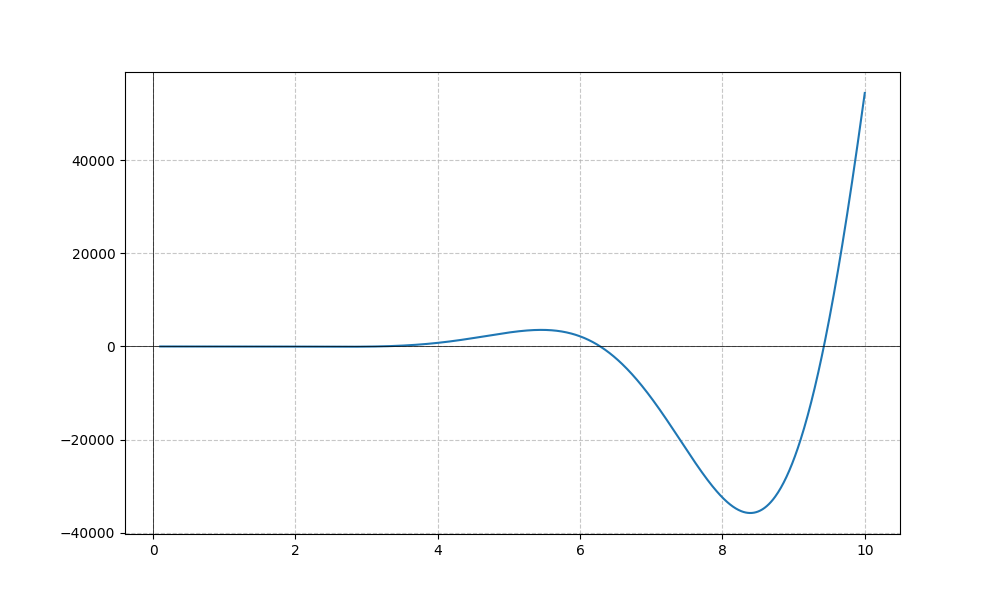
LaTeX formula: - x^{5} \sin{\left(x \right)}